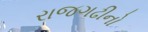
રાજગઢીનો